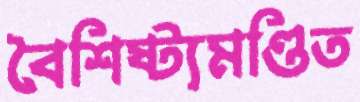
বৈশিষ্ট্যমণ্ডিত